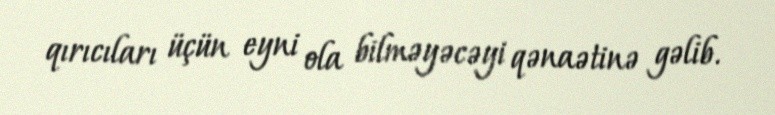
qırıcıları üçün eyni ola bilməyəcəyi qənaətinə gəlib.